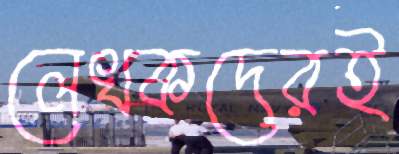
লেখকদেরই